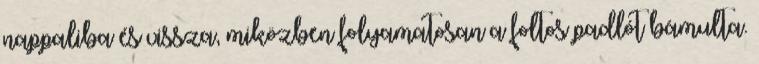
nappaliba és vissza, miközben folyamatosan a foltos padlót bámulta.